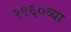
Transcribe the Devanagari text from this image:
१९६०व्या